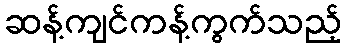
ဆန့်ကျင်ကန့်ကွက်သည့်